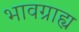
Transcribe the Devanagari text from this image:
भावग्राह्य